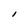
Character: I